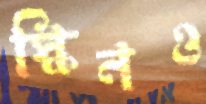
স্কিনও